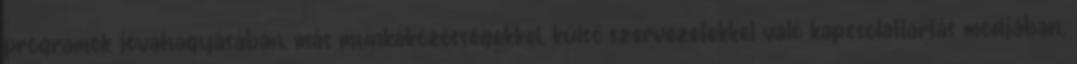
programok jóváhagyásában, más munkaközösségekkel, külső szervezetekkel való kapcsolattartás módjában,